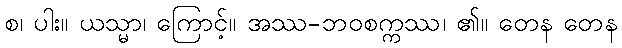
စ၊ ပါး။ ယသ္မာ၊ ကြောင့်။ အဿ-ဘဝစက္ကဿ၊ ၏။ တေန တေန